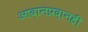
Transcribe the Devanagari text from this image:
आदानप्रदानही